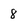
Character: 8